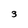
Character: 3